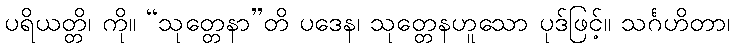
ပရိယတ္တိ၊ ကို။ “သုတ္တေနာ”တိ ပဒေန၊ သုတ္တေနဟူသော ပုဒ်ဖြင့်။ သင်္ဂဟိတာ၊